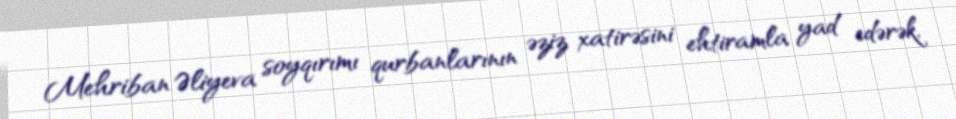
Mehriban Əliyeva soyqırımı qurbanlarının əziz xatirəsini ehtiramla yad edərək,